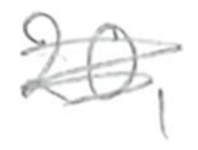
Text: 20,
Cross-out: scratch
Writing tool: pencil